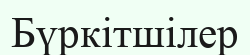
Бүркітшілер